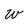
Character: w